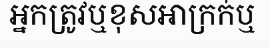
អ្នកត្រូវឬខុសអាក្រក់ឬ